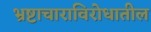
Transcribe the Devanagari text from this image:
भ्रष्टाचाराविरोधातील